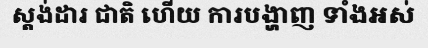
ស្តង់ដារ ជាតិ ហើយ ការបង្ហាញ ទាំងអស់